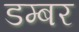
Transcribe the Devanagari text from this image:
डम्‍बर